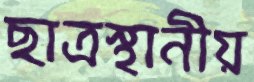
ছাত্রস্থানীয়